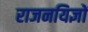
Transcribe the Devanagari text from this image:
राजनयिज्ञों